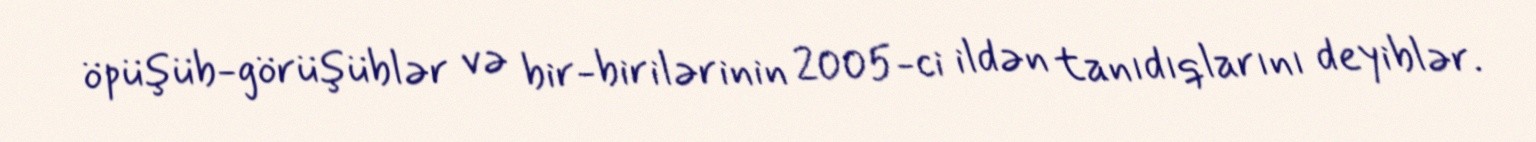
öpüşüb-görüşüblər və bir-birilərinin 2005-ci ildən tanıdıqlarını deyiblər.